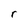
Character: r